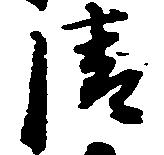
清